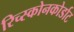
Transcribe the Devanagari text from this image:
रिच्स्कोनकोर्डाट